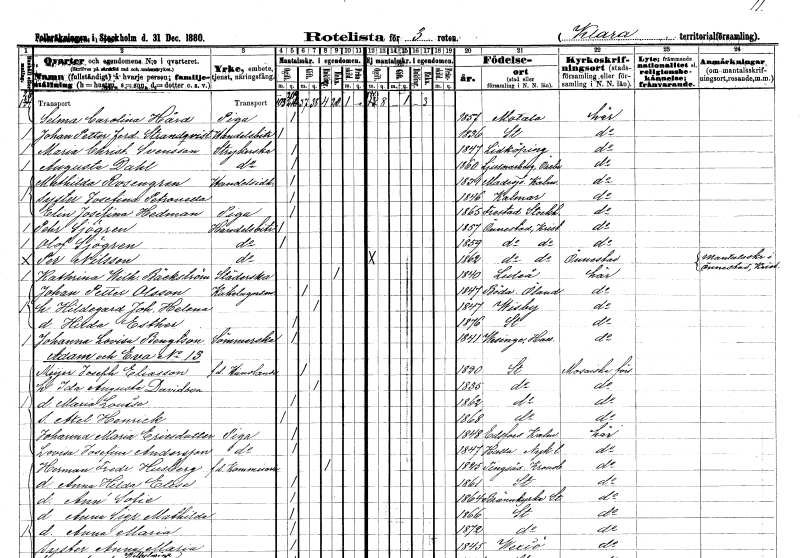
gt_parse: households: individuals: FN: Selma Carolina
EN: Hård
YRKE: Piga
KON: K
CIV: O
FODAR: 1857
FODFORS: Motala Östergötlands län
FN: Johan Petter Ferdinand
EN: Strandqvist
YRKE: Handelsbiträde
KON: M
CIV: O
FODAR: 1836
FODFORS: Stockholm
FN: Maria Christina
EN: Svensson
YRKE: Strykerska
KON: K
CIV: O
FODAR: 1847
FODFORS: Lidköping Skaraborgs län
FN: Augusta
EN: Dahl
YRKE: Strykerska
KON: K
CIV: O
FODAR: 1860
FODFORS: Ljusnarsberg Örebro län
FN: Mathilda
EN: Rosengren
YRKE: Handelsidkare
KON: K
CIV: O
FODAR: 1831
FODFORS: Madesjö Kalmar län
FN: Josefina Petronella
KON: K
CIV: O
FODAR: 1846
FODFORS: Kalmar Kalmar län
FN: Elin Josefina
EN: Hedman
YRKE: Piga
KON: K
CIV: O
FODAR: 1865
FODFORS: Fresta Stockholms län
FN: Pehr
EN: Sjögren
YRKE: Handelsbiträde
KON: M
CIV: O
FODAR: 1857
FODFORS: Önnestad Kristianstads län
FN: Olof
EN: Sjögren
YRKE: Handelsbiträde
KON: M
CIV: O
FODAR: 1859
FODFORS: Önnestad Kristianstads län
FN: Per
EN: Nilsson
YRKE: Handelsbiträde
KON: M
CIV: O
FODAR: 1862
FODFORS: Önnestad Kristianstads län
FN: Kathrina Wilhelmina
EN: Bäckström
YRKE: Städerska
KON: K
CIV: E
FODAR: 1840
FODFORS: Luleå Norrbottens län
FN: Johan Petter
EN: Olsson
YRKE: Kakelugnsmakare
KON: M
CIV: G
FODAR: 1847
FODFORS: Böda Kalmar län
FN: Hildegard Johanna Helena
KON: K
CIV: G
FODAR: 1847
FODFORS: Visby Gotlands län
FN: Hilda Esther
KON: K
CIV: O
FODAR: 1876
FODFORS: Stockholm
FN: Johanna Lovisa
EN: Bengtson
YRKE: Sömmerska
KON: K
CIV: O
FODAR: 1841
FODFORS: Vessige Hallands län
FN: Joseph
EN: Eliasson Meijer
YRKE: Handlande f.d.
KON: M
CIV: G
FODAR: 1820
FODFORS: Stockholm
FN: Ida Augusta
EN: Davidson
KON: K
CIV: G
FODAR: 1835
FODFORS: Stockholm
FN: Maria Louise
KON: K
CIV: O
FODAR: 1862
FODFORS: Stockholm
FN: Axel Henrick
KON: M
CIV: O
FODAR: 1868
FODFORS: Stockholm
FN: Johanna Maria
EN: Ericsdotter
YRKE: Piga
KON: K
CIV: O
FODAR: 1848
FODFORS: Edsfors Kalmar län
FN: Lovisa Josefina
EN: Andersson
YRKE: Piga
KON: K
CIV: O
FODAR: 1847
FODFORS: Halla Södermanlands län
FN: Herman Fredrik
EN: Husberg
KON: M
CIV: E
FODAR: 1825
FODFORS: Tingsås Kronobergs län
FN: Anna Hilda Elise
KON: K
CIV: O
FODAR: 1861
FODFORS: Stockholm
FN: Ann Sofie
KON: K
CIV: O
FODAR: 1864
FODFORS: Brännkyrka Stockholms län
FN: Anna Sigrid Mathilda
KON: K
CIV: O
FODAR: 1866
FODFORS: Stockholm
FN: Anna Maria
KON: K
CIV: O
FODAR: 1872
FODFORS: Stockholm
FN: Anna Maria
KON: K
CIV: O
FODAR: 1845
FODFORS: Växjö Kronobergs län